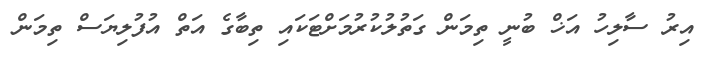
އިރު ސާލިހު އަޚް ބުނީ ތިމަން ގަތުލުކުރުމަށްޓަކައި ތިބާގެ އަތް އުފުލިޔަސް ތިމަން